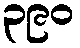
၃၉၀